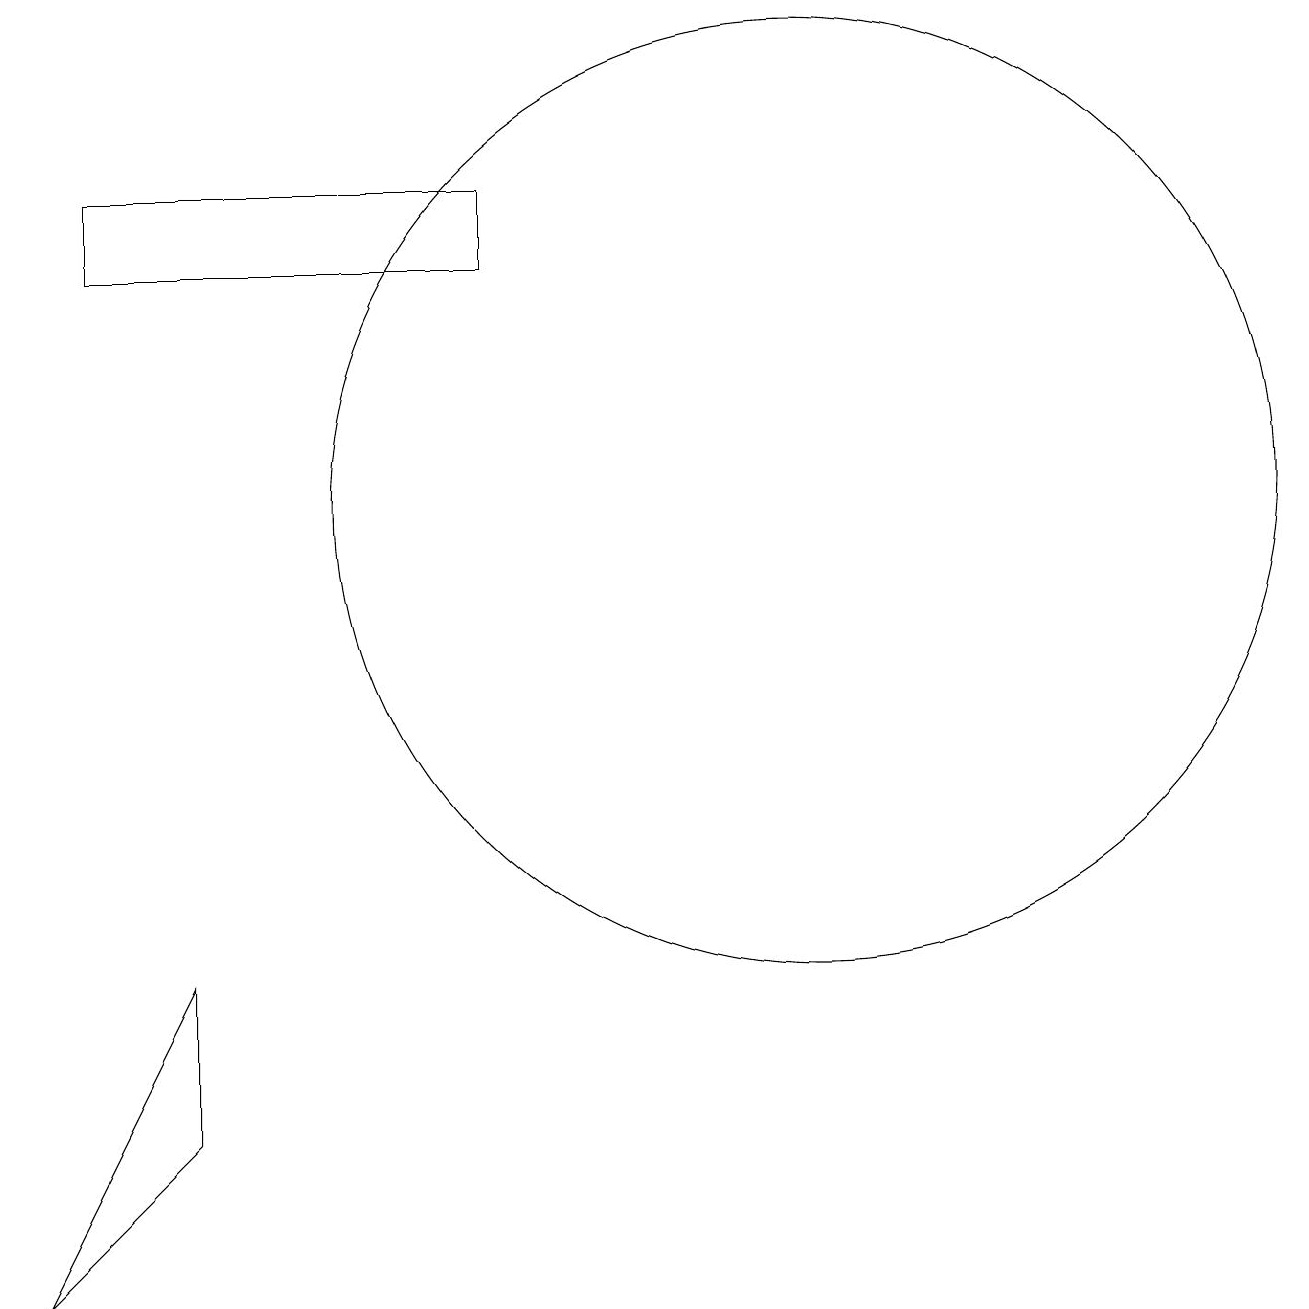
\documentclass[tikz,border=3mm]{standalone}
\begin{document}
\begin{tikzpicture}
\draw (2,10) rectangle (2,10);
\draw (10,11) circle (6);
\draw (6,15) rectangle (1,14);
\draw (2,5) -- (0,1) -- (2,3) -- cycle;
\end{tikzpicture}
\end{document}